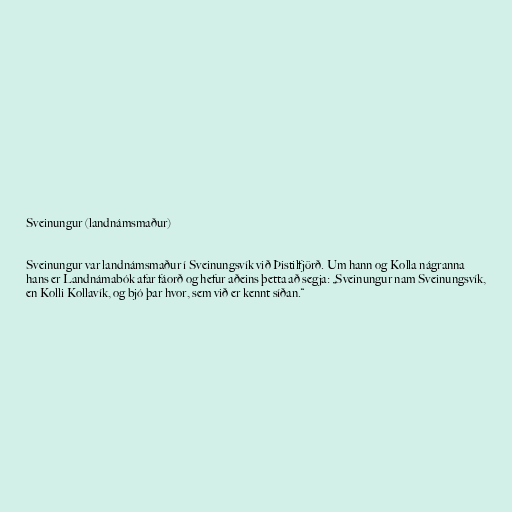
Sveinungur (landnámsmaður)

Sveinungur var landnámsmaður í Sveinungsvík við Þistilfjörð. Um hann og Kolla nágranna
hans er Landnámabók afar fáorð og hefur aðeins þetta að segja: „Sveinungur nam Sveinungsvík,
en Kolli Kollavík, og bjó þar hvor, sem við er kennt síðan.“